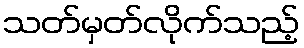
သတ်မှတ်လိုက်သည့်